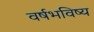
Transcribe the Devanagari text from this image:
वर्षभविष्य